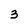
Character: 3